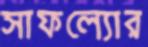
সাফল্যোর